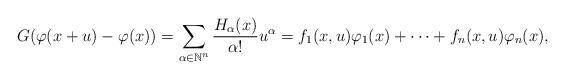
LaTeX: \begin{gather*}G(\varphi(x+u)-\varphi(x))=\sum_{\alpha\in\mathbb{N}^{n}}\frac{H_{\alpha}(x)}{\alpha!}u^{\alpha}=f_{1}(x,u)\varphi_{1}(x)+\dots+f_{n}(x,u)\varphi_{n}(x),\end{gather*}